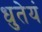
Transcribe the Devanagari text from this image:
धुतेयं